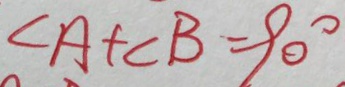
\angle A + \angle B = 9 0 ^ { \circ }